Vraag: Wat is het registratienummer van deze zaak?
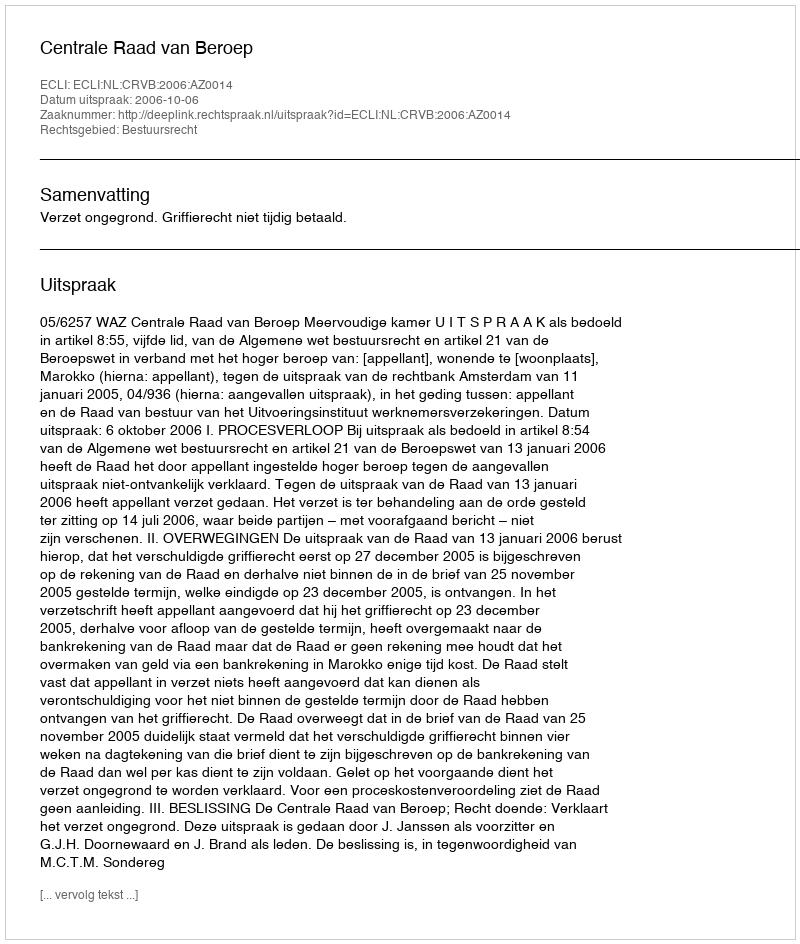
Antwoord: http://deeplink.rechtspraak.nl/uitspraak?id=ECLI:NL:CRVB:2006:AZ0014